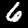
Digit: 6